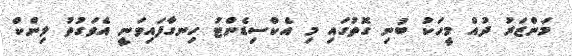
މަންޒަރު ދުއް މީހަކު ބުނި ގޮތުގައި މި އެކްސިޑެންޓު ހިނގާފައިވަނީ އެވަގުތު ލިންކް